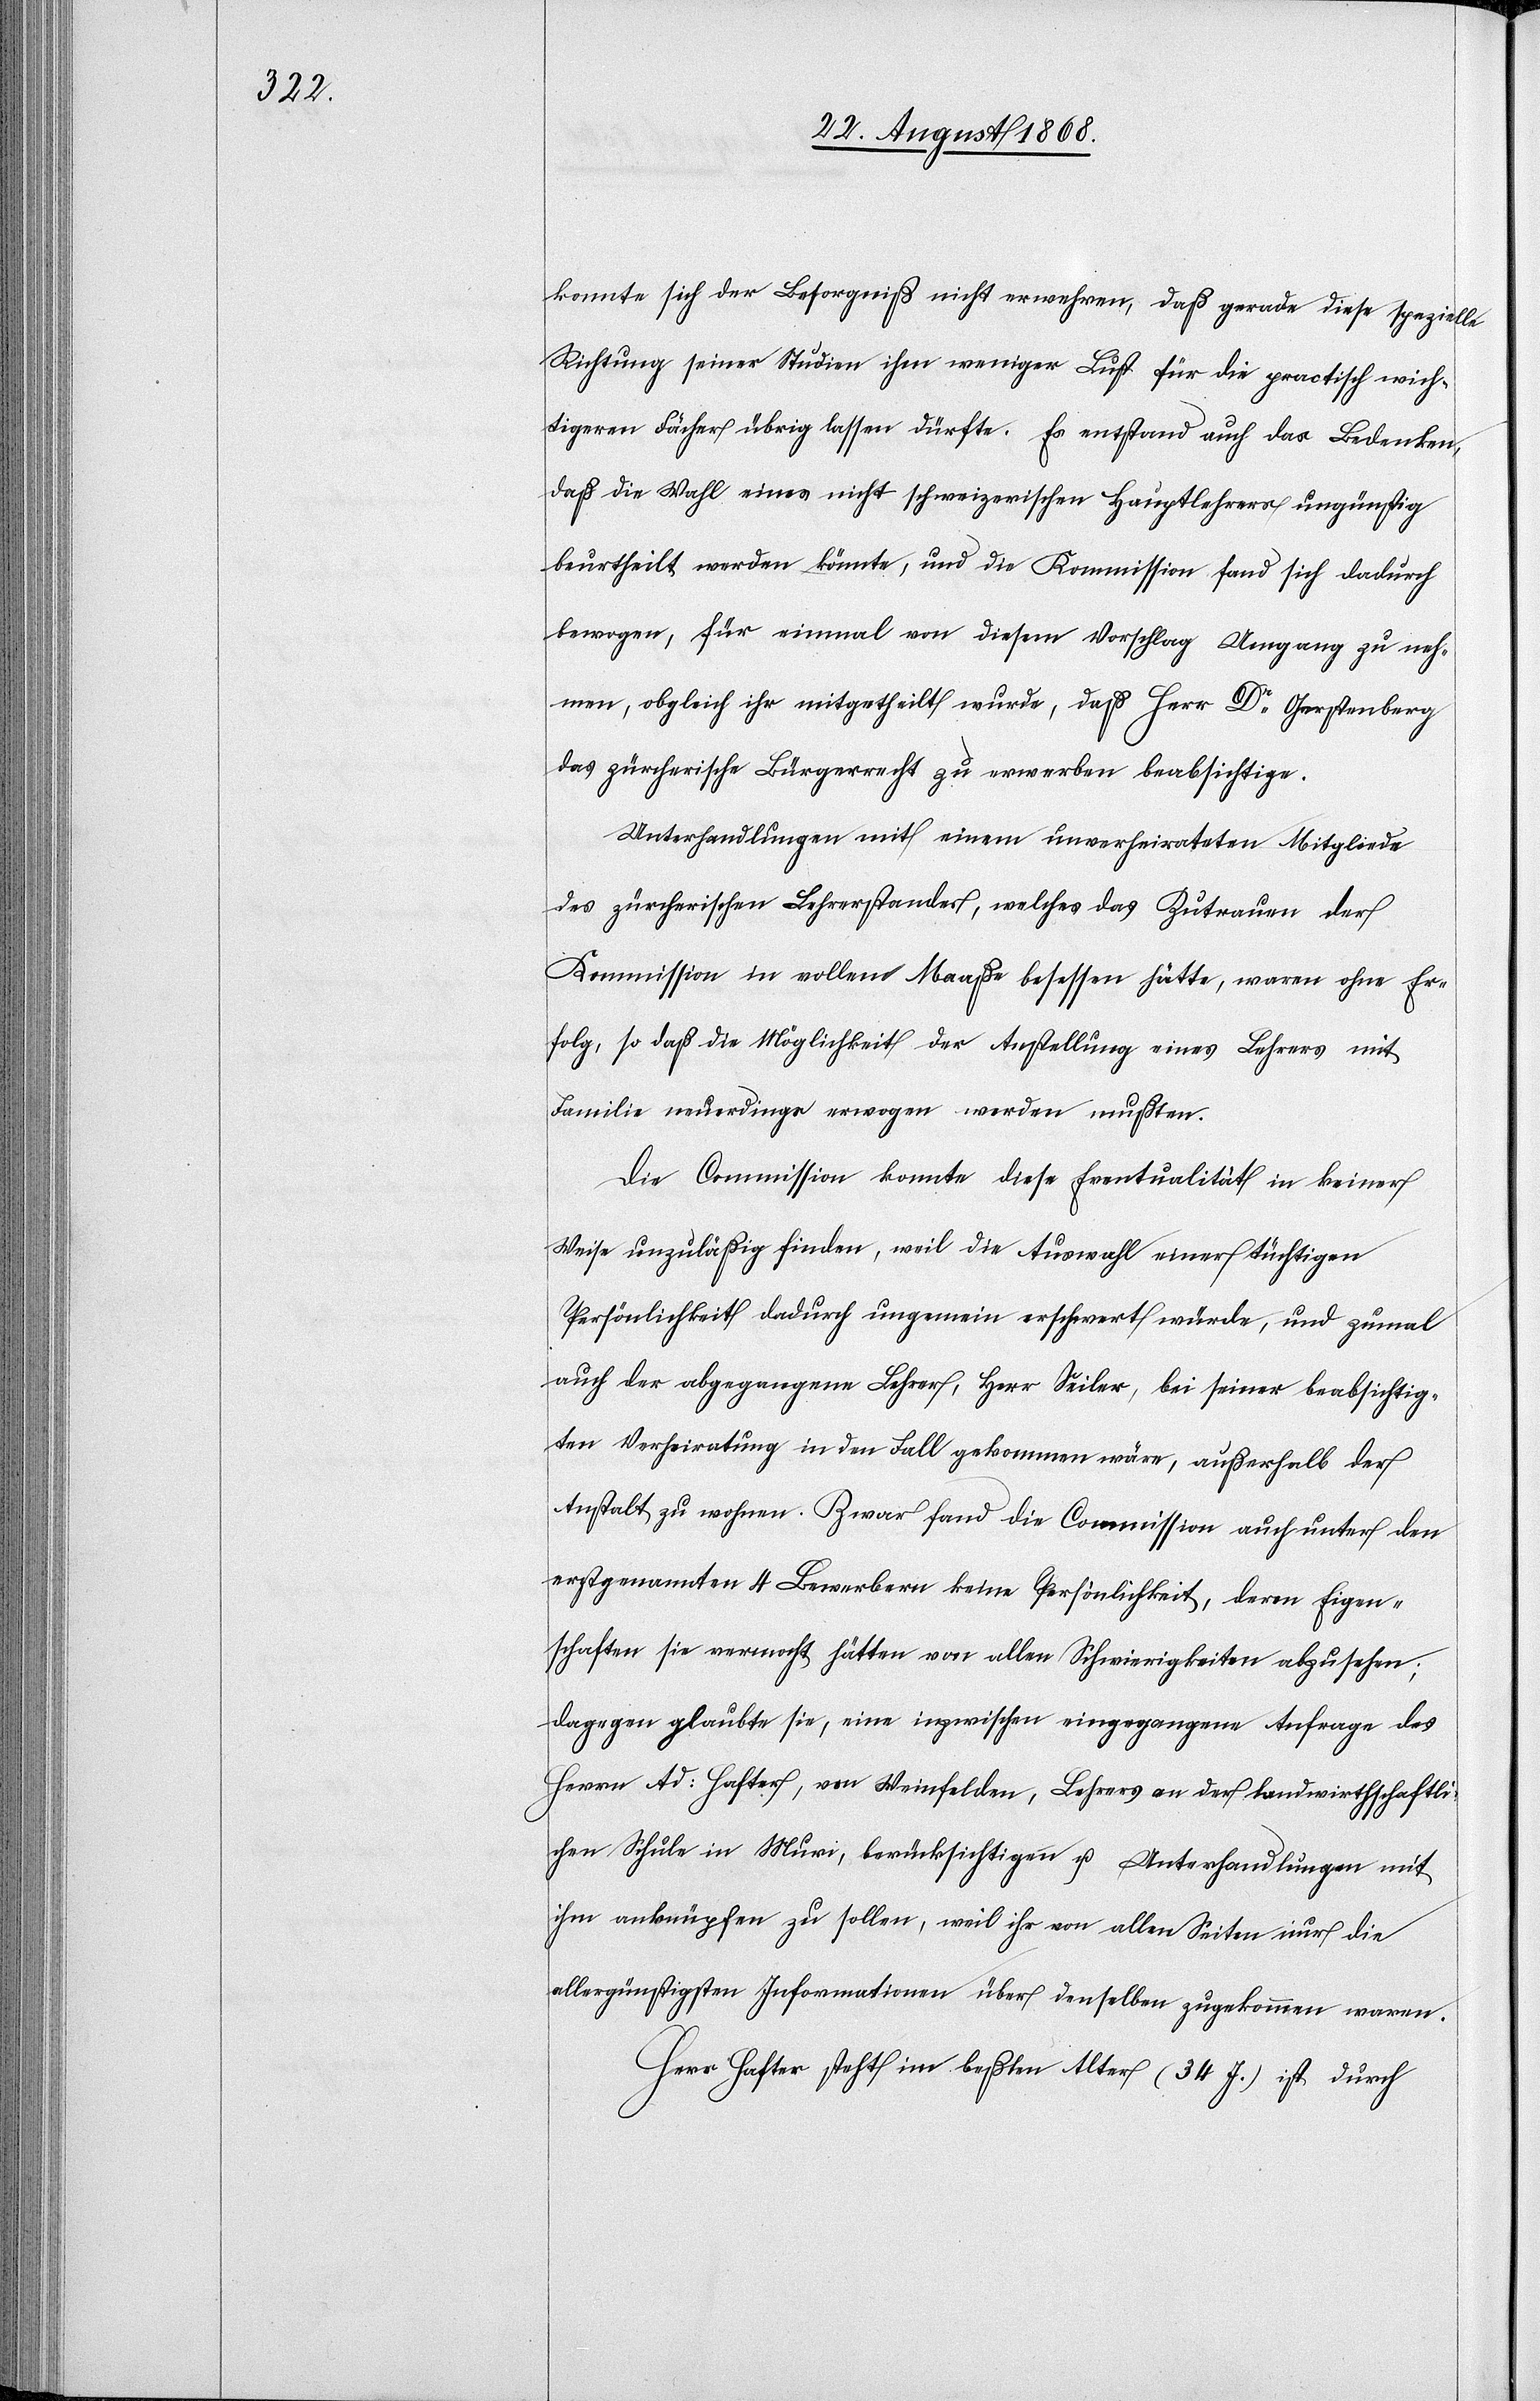
konnte sich der Besorgniß nicht erwehren, daß gerade diese spezielle
Richtung seiner Studien ihm weniger Lust für die practisch wich¬
tigeren Fächer übrig lassen dürfte. Es entstand auch das Bedenken,
daß die Wahl eines nicht schweizerischen Hauptlehrers ungünstig
beurtheilt werden könnte, und die Kommission fand sich dadurch
bewogen, für einmal von diesem Vorschlag Umgang zu neh¬
men, obgleich ihr mitgetheilt wurde, daß Herr Dr Gerstenberg
das zürcherische Bürgerrecht zu erwerben beabsichtige.
Unterhandlungen mit einem unverheirateten Mitgliede
des zürcherischen Lehrerstandes, welches das Zutrauen der
Kommission in vollem Maaße besessen hätte, waren ohne Er¬
folg, so daß die Möglichkeit der Anstellung eines Lehrers mit
Familie neuerdings erwogen werden mußten
Die Commission konnte diese Eventualität in keiner
Weise unzuläßig finden, weil die Auswahl einer tüchtigen
Persönlichkeit dadurch ungemein erschwert würde, und zumal
auch der abgegangene Lehrer, Herr Seiler, bei seiner beabsichtig¬
ten Verheiratung in den Fall gekommen wäre, außerhalb der
Anstalt zu wohnen. Zwar fand die Commission auch unter den
erstgenannten 4 Bewerbern keine Persönlichkeit, deren Eigen¬
schaften sie vermocht hätten von allen Schwierigkeiten abzusehen;
dagegen glaubte sie, eine inzwischen eingegangene Anfrage des
Herrn Ad: Hafter, von Weinfelden, Lehrers an der landwirthschaftli¬
chen Schule in Muri, berücksichtigen u. Unterhandlungen mit
ihm anknüpfen zu sollen, weil ihr von allen Seiten nur die
allergünstigsten Informationen über denselben zugekommen waren.
Herr Hafter steht im beßten Alter (34 J.) ist durch